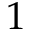
1